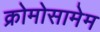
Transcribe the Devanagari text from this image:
क्रोमोसामेम